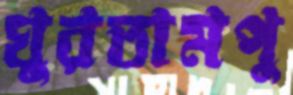
ঘুরতামপু